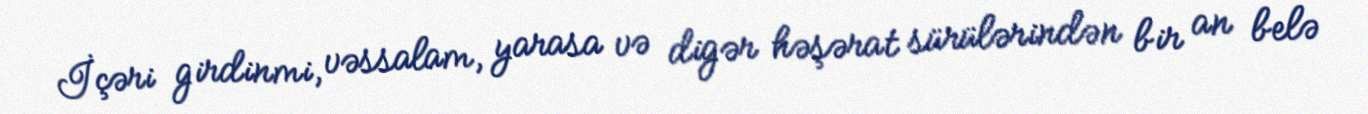
İçəri girdinmi, vəssalam, yarasa və digər həşərat sürülərindən bir an belə